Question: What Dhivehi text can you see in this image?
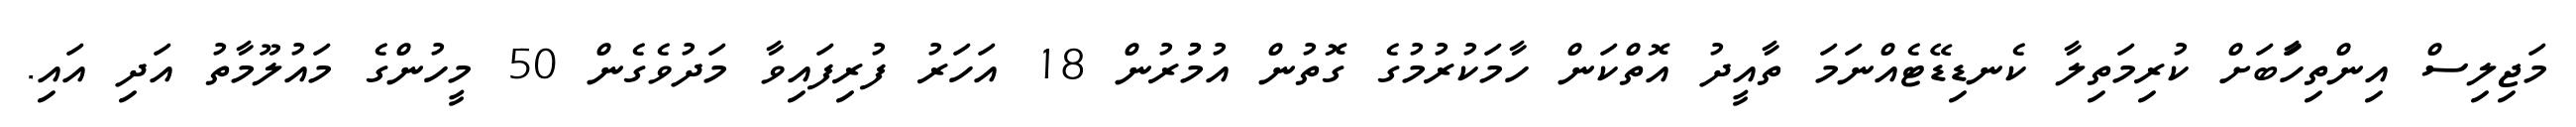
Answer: މަޖިލިސް އިންތިހާަބަށް ކުރިމަތިލާ ކެނޑިޑޭޓެއްނަމަ ތާއީދު އޮތްކަން ހާމަކުރުމުގެ ގޮތުން އުމުުރުން 18 އަހަރު ފުރިފައިވާ މަދުވެގެން 50 މީހުންގެ މައުލޫމާތު އަދި އައި.